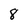
Character: 8